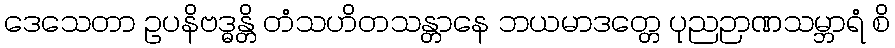
ဒေသေတာ ဥပနိဗဒ္ဓန္တိ တံသဟိတသန္တာနေ ဘယမာဒတ္တေ ပုညဉာဏသမ္ဘာရံ စိ